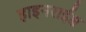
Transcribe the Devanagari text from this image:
हाइनराईश्च